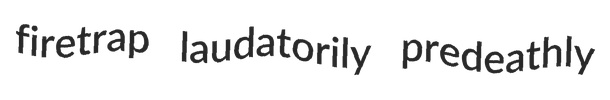
firetrap laudatorily predeathly